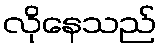
လိုနေသည်